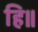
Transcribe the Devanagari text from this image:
हि॥